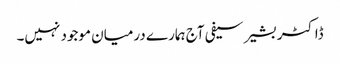
ڈاکٹر بشیر سیفی آج ہمارے درمیان موجود نہیں۔